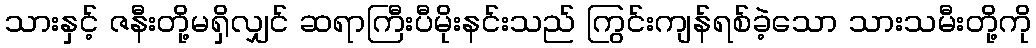
သားနှင့် ဇနီးတို့မရှိလျှင် ဆရာကြီးပီမိုးနင်းသည် ကြွင်းကျန်ရစ်ခဲ့သော သားသမီးတို့ကို